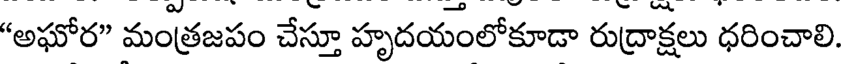
"అఘోర" మంత్రజపం చేస్తూ హృదయంలోకూడా రుద్రాక్షలు ధరించాలి.